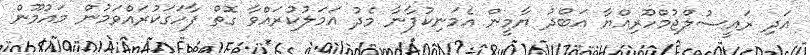
އަދި ރައީސުލްޖުމްހޫރިއްޔާ އަބްދު ޔާމީން އެމަނިކުފާނާ މެދު އަމަލުކުރައްވާ ގޮތް ފާހަގަކުރައްވަމުން މައުމޫން